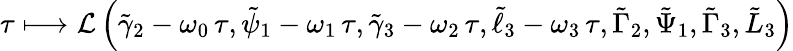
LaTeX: \tau\longmapsto\mathcal{L}\left(\tilde{\gamma}_{2}-\omega_{0}\, \tau,\tilde{\psi}_{1}-\omega_{1}\, \tau,\tilde{\gamma}_{3}-\omega_{2}\, \tau,\tilde{\ell}_{3}-\omega_{3}\, \tau,\tilde{\Gamma}_{2},\tilde{\Psi}_{1},\tilde{\Gamma}_{3},\tilde{L}_{3}\right)